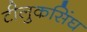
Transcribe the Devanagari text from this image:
टीलुकसिंघ